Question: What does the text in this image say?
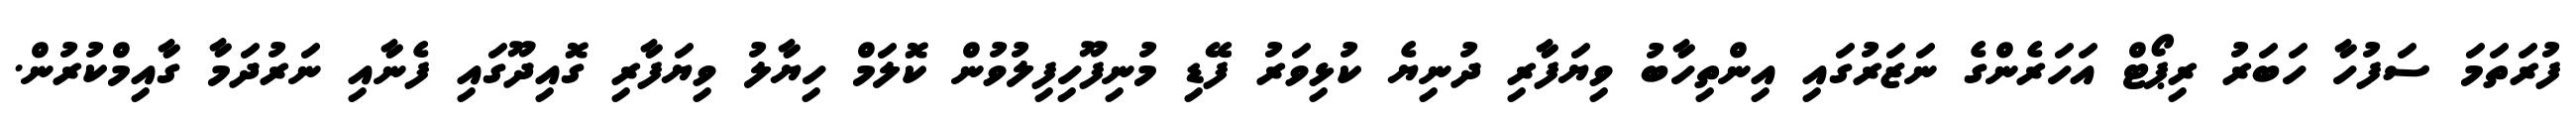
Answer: ފުރަތަމަ ސަފުހާ ހަބަރު ރިޕޯޓް އަހަރެންގެ ނަޒަރުގައި އިންތިހާބު ވިޔަފާރި ދުނިޔެ ކުޅިވަރު ފޭޑި މުނިފޫހިފިލުވުން ކޮލަމް ހިޔާލު ވިޔަފާރި ގޮއިދޫގައި ފެނާއި ނަރުދަމާ ގާއިމްކުރުން.